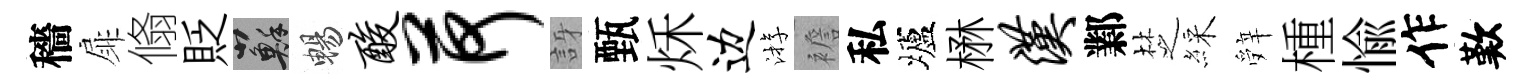
穡扉翛貶蘇暢酸荷訝甄秌边㳺襜私壚楙汉鄴椘綵辤㮔愉作歎